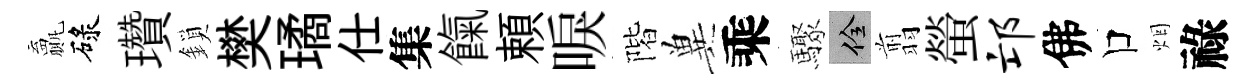
贏碌瓚鎖樊璚仕集餼頼唳階兾乘驟佺翦螢邙佛口烟祿